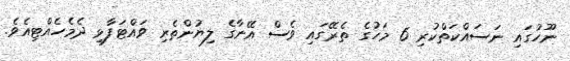
ނޫހުގައި ނަސައްކަތްކުރި 6 މަހުގެ ތެރޭގައި ވެސް އޭނާގެ ލިޔުންތެރި ވައްޓަފާޅި ދެމެހެއްޓިއެވެ.